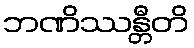
ဘဏိဿန္တီတိ